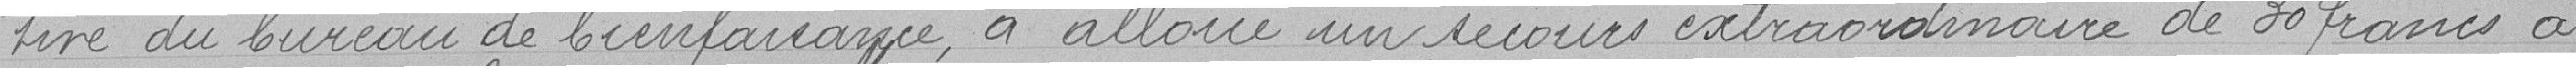
tive du bureau de bienfaisance, a alloué un secours extraordinaire de 30 francs à